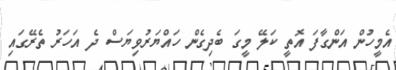
އެމީހުން އަންގާފަ އޮތީ ކަލޭ މީގަ ބެދިގެން ހައްޔަރުވިޔަސް ދެ އަހަރު ތެރޭގައި